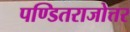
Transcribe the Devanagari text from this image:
पण्डितराजोत्तर